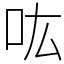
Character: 吰